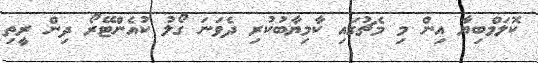
ކޮލަމްބިޔާ އިން މި މެޗުގައި ކާމިޔާބުކުރި ދެވަނަ ގޯލު ކުއެންޓޭރޯ ދިން ރީތި